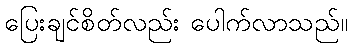
ပြေးချင်စိတ်လည်း ပေါက်လာသည်။